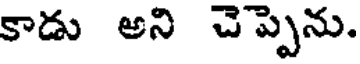
కాడు అని చెప్పెను.